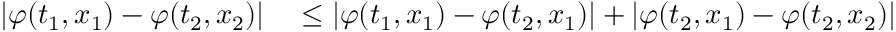
\begin{array} { r l } { | \varphi ( t _ { 1 } , x _ { 1 } ) - \varphi ( t _ { 2 } , x _ { 2 } ) | } & { { } \le | \varphi ( t _ { 1 } , x _ { 1 } ) - \varphi ( t _ { 2 } , x _ { 1 } ) | + | \varphi ( t _ { 2 } , x _ { 1 } ) - \varphi ( t _ { 2 } , x _ { 2 } ) | } \end{array}